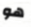
هو